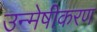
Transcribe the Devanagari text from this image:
उन्मेषीकरण